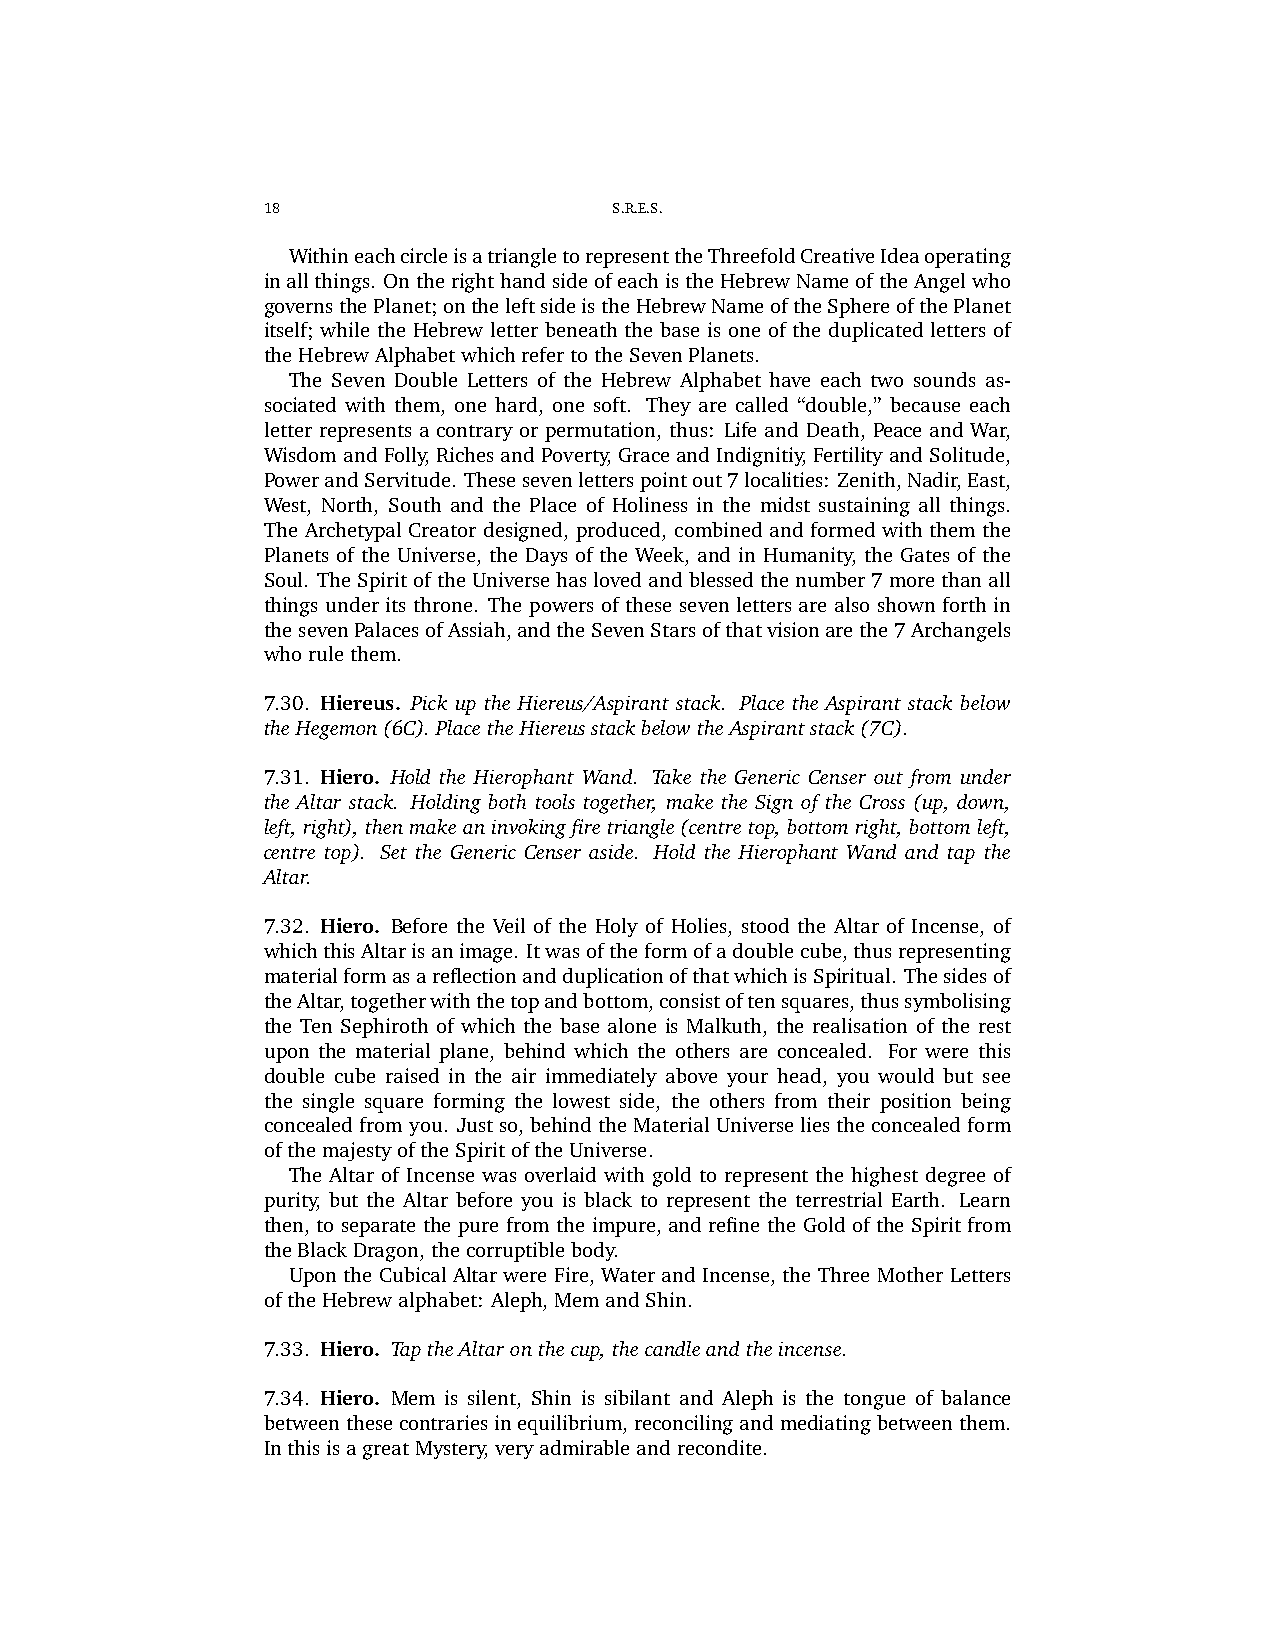
18                      S.R.E.S.
 WithineachcircleisatriangletorepresenttheThreefoldCreativeIdeaoperating
 inallthings. OntherighthandsideofeachistheHebrewNameoftheAngelwho
 governsthePlanet;ontheleftsideistheHebrewNameoftheSphereofthePlanet
 itself; while the Hebrew letter beneath the base is one of the duplicated letters of
 theHebrewAlphabetwhichrefertotheSevenPlanets.
 The Seven Double Letters of the Hebrew Alphabet have each two sounds as-
 sociated with them, one hard, one soft. They are called “double,” because each
 letter represents a contrary or permutation, thus: Life and Death, Peace and War,
 Wisdom and Folly, Riches and Poverty, Grace and Indignitiy, Fertility and Solitude,
 PowerandServitude. Thesesevenletterspointout7localities: Zenith,Nadir,East,
 West, North, South and the Place of Holiness in the midst sustaining all things.
 The Archetypal Creator designed, produced, combined and formed with them the
 Planets of the Universe, the Days of the Week, and in Humanity, the Gates of the
 Soul. TheSpiritoftheUniversehaslovedandblessedthenumber7morethanall
 things under its throne. The powers of these seven letters are also shown forth in
 thesevenPalacesofAssiah,andtheSevenStarsofthatvisionarethe7Archangels
 whorulethem.
 7.30. Hiereus. Pick up the Hiereus/Aspirant stack. Place the Aspirant stack below
 theHegemon(6C).PlacetheHiereusstackbelowtheAspirantstack(7C).
 7.31. Hiero. Hold the Hierophant Wand. Take the Generic Censer out from under
 the Altar stack. Holding both tools together, make the Sign of the Cross (up, down,
 left,right),thenmakeaninvokingfiretriangle(centretop,bottomright,bottomleft,
 centre top). Set the Generic Censer aside. Hold the Hierophant Wand and tap the
 Altar.
 7.32. Hiero. Before the Veil of the Holy of Holies, stood the Altar of Incense, of
 whichthisAltarisanimage. Itwasoftheformofadoublecube,thusrepresenting
 materialformasareflectionandduplicationofthatwhichisSpiritual. Thesidesof
 theAltar,togetherwiththetopandbottom,consistoftensquares,thussymbolising
 the Ten Sephiroth of which the base alone is Malkuth, the realisation of the rest
 upon the material plane, behind which the others are concealed. For were this
 double cube raised in the air immediately above your head, you would but see
 the single square forming the lowest side, the others from their position being
 concealedfromyou. Justso,behindtheMaterialUniverseliestheconcealedform
 ofthemajestyoftheSpiritoftheUniverse.
 The Altar of Incense was overlaid with gold to represent the highest degree of
 purity, but the Altar before you is black to represent the terrestrial Earth. Learn
 then, to separate the pure from the impure, and refine the Gold of the Spirit from
 theBlackDragon,thecorruptiblebody.
 Upon the Cubical Altar were Fire, Water and Incense, the Three Mother Letters
 oftheHebrewalphabet: Aleph,MemandShin.
 7.33. Hiero. TaptheAltaronthecup,thecandleandtheincense.
 7.34. Hiero. Mem is silent, Shin is sibilant and Aleph is the tongue of balance
 betweenthesecontrariesinequilibrium,reconcilingandmediatingbetweenthem.
 InthisisagreatMystery,veryadmirableandrecondite.